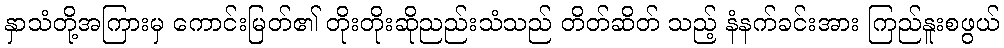
နှာသံတို့အကြားမှ ကောင်းမြတ်၏ တိုးတိုးဆိုညည်းသံသည် တိတ်ဆိတ် သည့် နံနက်ခင်းအား ကြည်နူးစဖွယ်